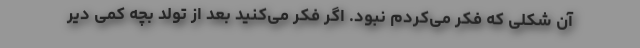
آن شکلی که فکر می‌کردم نبود. اگر فکر می‌کنید بعد از تولد بچه کمی دیر